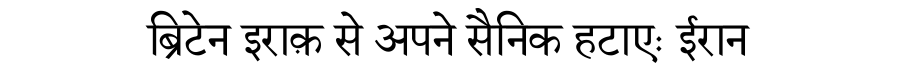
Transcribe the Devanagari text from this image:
ब्रिटेन इराक़ से अपने सैनिक हटाएः ईरान